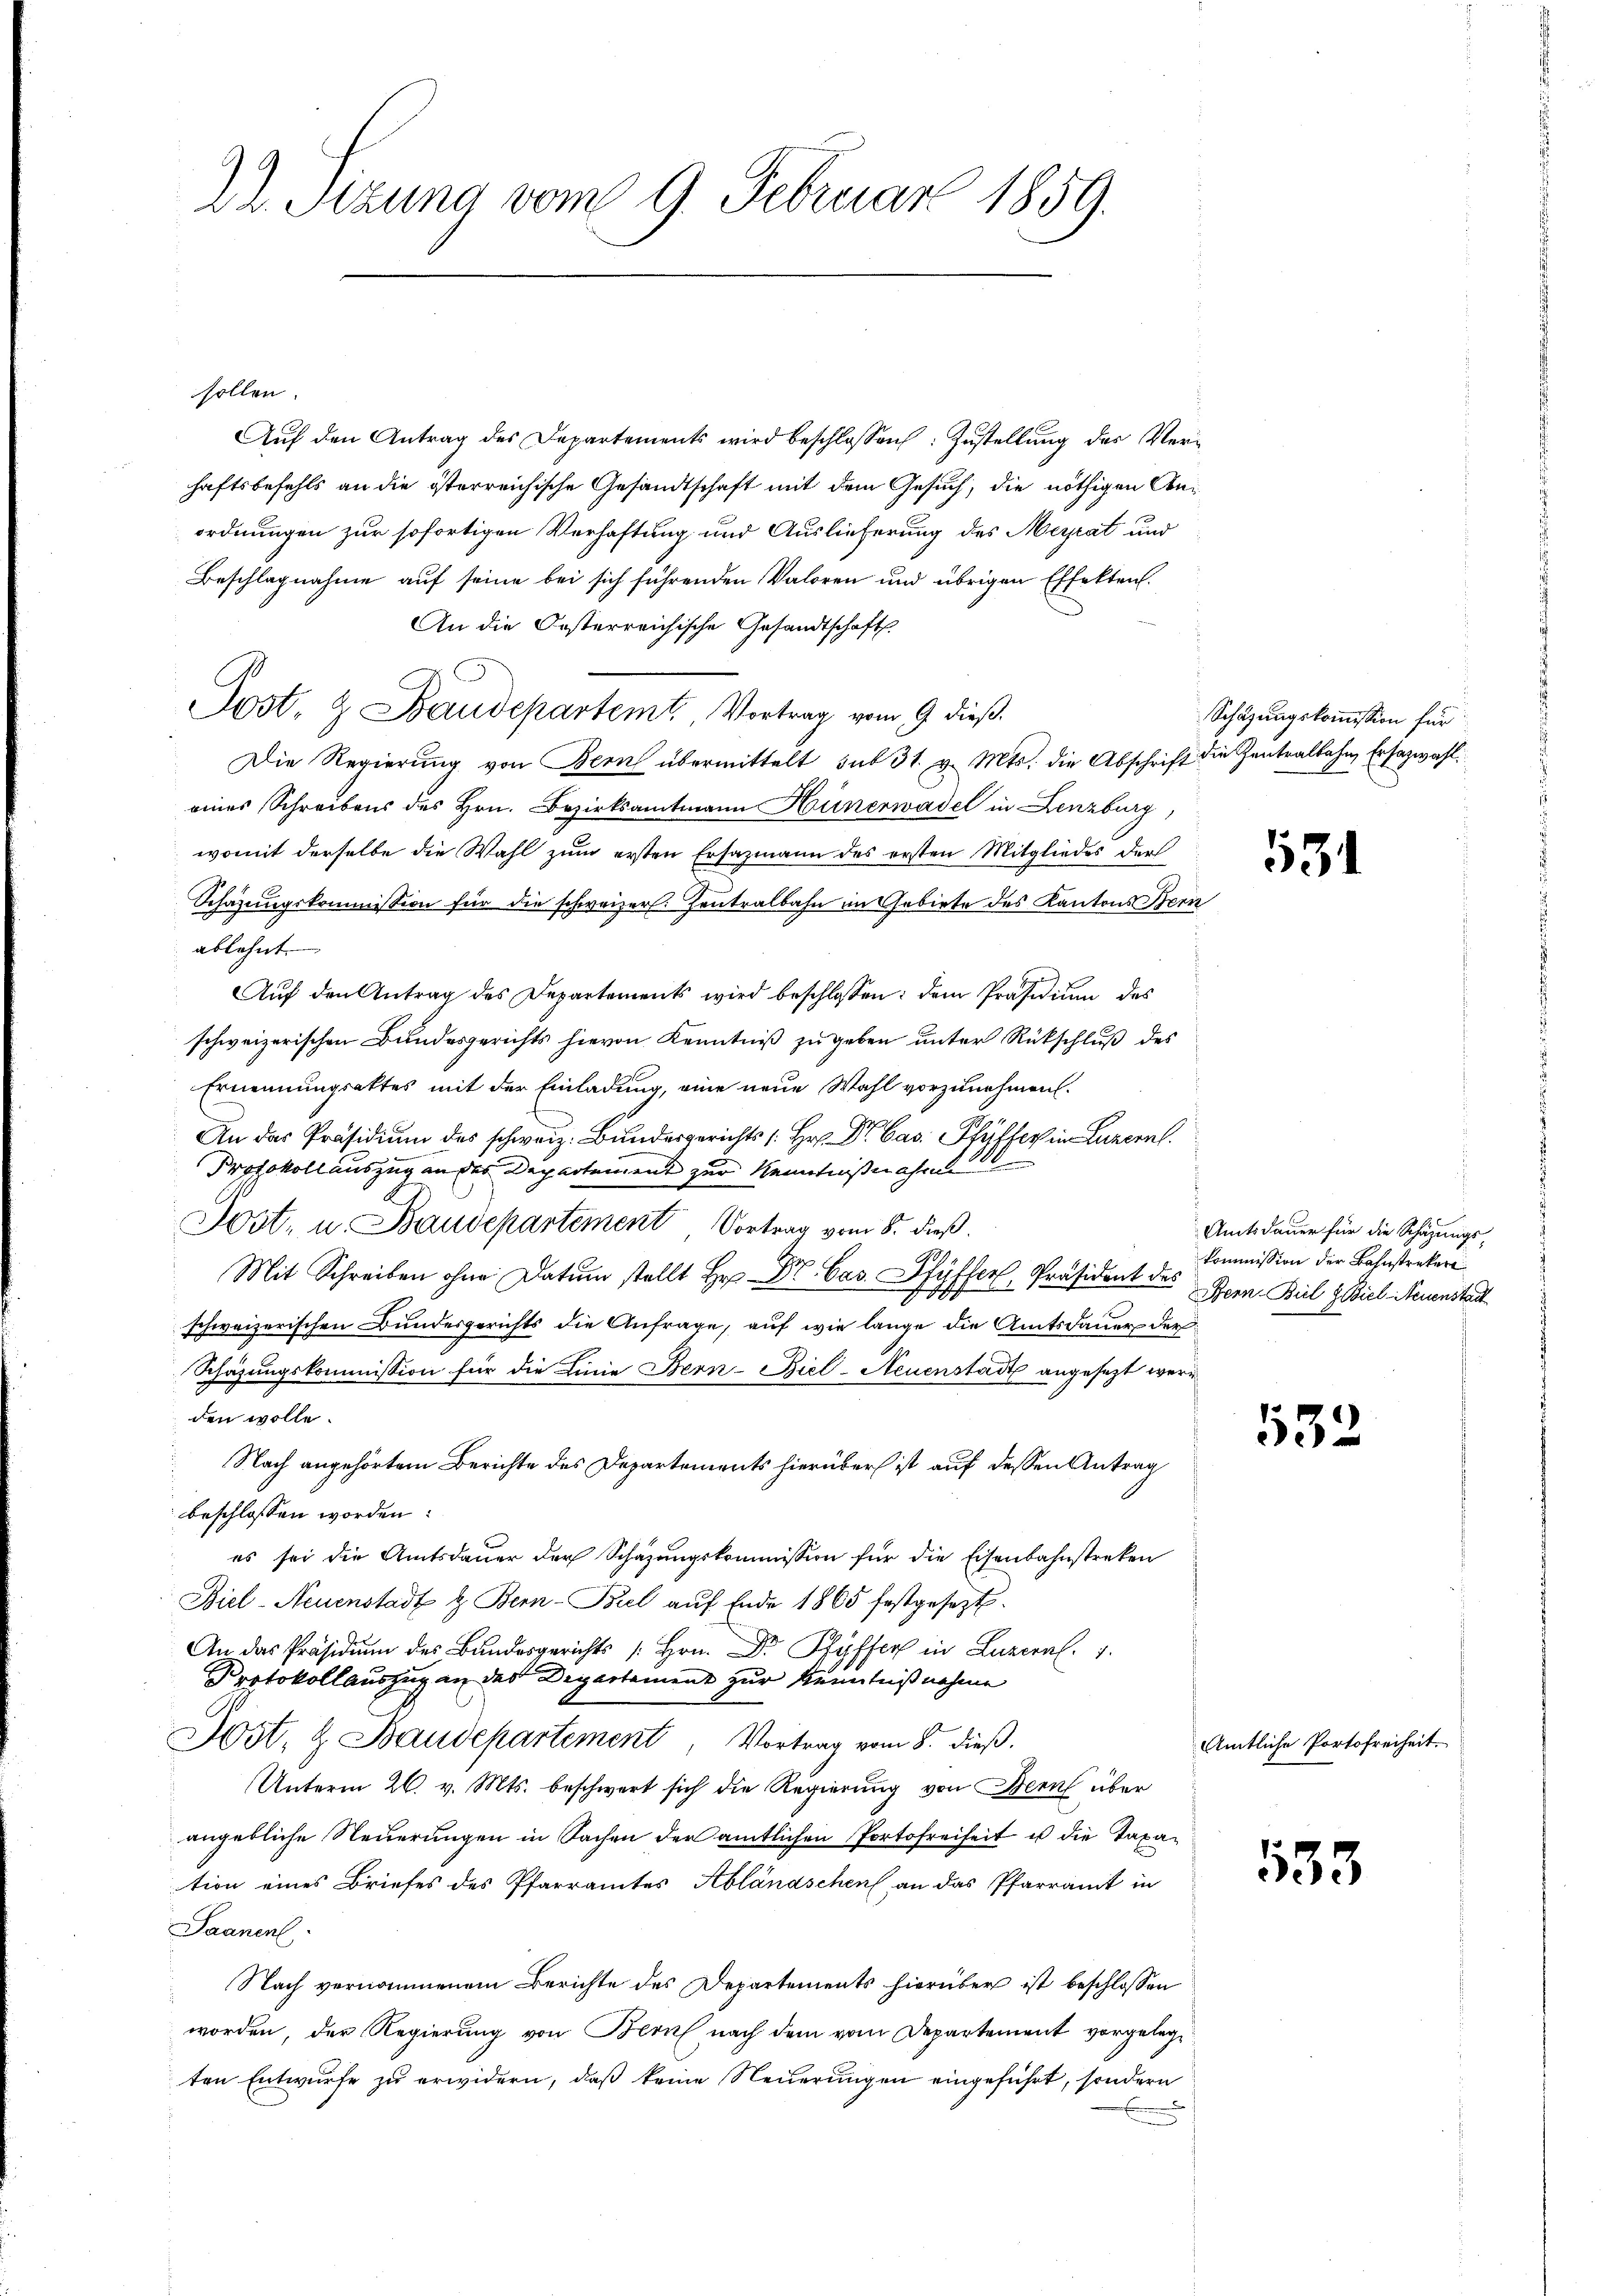
dl. Stzung vom 9. Februar 1859.

sollen.
Aŭf den Antrag des Departements wird beschlossen: Zŭstellŭng des Ver-
haftsbefehls an die österreichische Gesandtschaft mit dem Gesuch, die nöthigen Anordnungen zur sofortigen Verhaftung und Auslieferung des Merat und
Beschlagnahme auf seine bei sich führenden Valoren und übrigen Effekten.
An die Oesterreichische Gesandtschafts
Post- & Baudepartemt. Vortrag vom 9. dieß.
Die Regierŭng von Bern übermittelt sub 31. v. Mts. die Abschrift die Zentralbahn Ersazwahl
eines Schreibens des Hrn. Bezirksamtmann Hünerwadel in Lenzburg
womit derselbe die Wahl zum ersten Ersazmann des ersten Mitgliedes der
Schazungskommission für die schweizer. Zentralbahn im Gebirte des Kantons Bern
ablehnt.
Aŭf den Antrag des Departements wird beschlossen: dem Präsidiŭm des
schweizerischen Bundesgerichts hievon Kenntniß zu geben unter Rückschluß des
Ernennungsaktes mit der Einladung, eine neue Wahl vorzunehmen.
An das Präsidiŭm des schweiz. Bundesgerichts [Hr. Dr. Cas. Pfyffer in Luzern
Protokoll auszug an das Dechartement zur Kenntnißnahme
Post- u. Baudepartement Vortrag vom 8. dieß.
Mit Schreiben ohne Datum stellt Hr. Dr. Cas. Pfyffer, Präsident des
schweizerischen Bundesgerichts die Anfrage, auf wie lange die Amtsdauer der
Schätzungskommission für die Linie Bern-Biel-Neuenstadt angesezt werden wolle.
Nach angehörtem Berichte des Departements hierüber ist auf dessen Antrag
beschlossen worden:
es sei die Amtsdauer der Schazungskommission für die Eisenbahnstreken
Biel-Neuenstadt & Bern-Biel aŭf Ende 1865 festgesezt.
An das Präsidium des Bundesgerichts [Hrn. Dr. Pfyffer in Luzeral. 7.
Protokollauszug an des Departement zur Kenntnißnahme
Jost, & Baudepartement, Vortrag vom 8. dieß.
Unterm 26. v. Mts. beschwert sich die Regierung von Bern über
angebliche Neuerungen in Sachen der amtlichen Portofreiheit es die Taxation eines Briefes des Pfarramtes Ablandschen an das Pfarramt in
Saanent
Nach vernommenem Berichte des Departements hierüber ist beschlossen
worden, der Regierung von Bern nach dem vom Departement vorgelegten Entwurfe zu erwidern, daß keine Neuerungen eingeführt, sondern

Schazungskommission für

3

Amtsdauer für die Schäzungs-
kommission der Bahnstreker
Bern. Biel & Biel-Neuenstadt

532

Amtliche Portofreiheit.

533